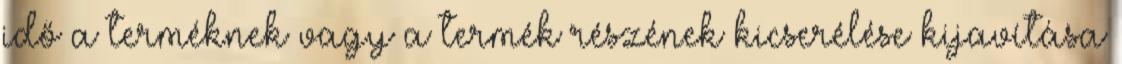
idő a terméknek vagy a termék részének kicserélése kijavítása